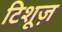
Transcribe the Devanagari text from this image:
टिशूज़